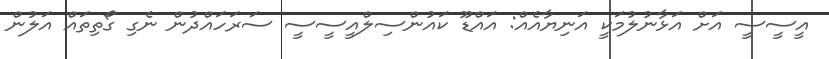
އީސީސީ އަށް އަޅާނުލުމަކީ އަނިޔާއެއް: އައްޑޫ ކައުންސިލްއީސީސީ ސަރަހައްދުން ނެގި ގޯތިތައް އަލުން